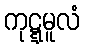
ကုဋ္ဋမူလံ